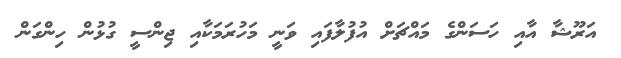
އަރޫޝާ އާއި ހަސަންގެ މައްޗަށް އުފުލާފައި ވަނީ މަހުރަމަކާއި ޖިންސީ ގުޅުން ހިންގަން